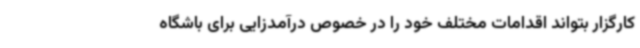
کارگزار بتواند اقدامات مختلف خود را در خصوص درآمدزایی برای باشگاه